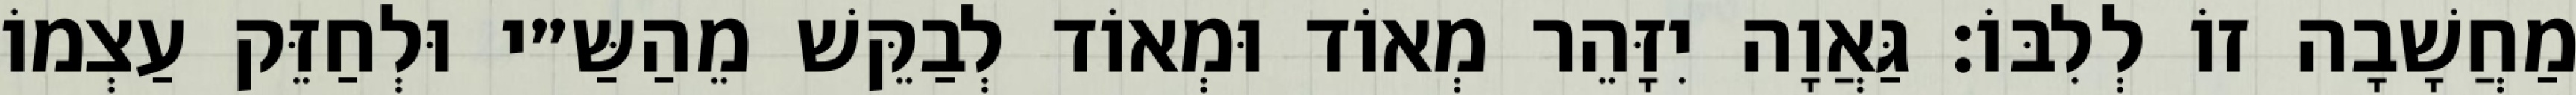
מַחֲשָׁבָה זוֹ לְלִבּוֹ: גַּאֲוָה יִזָּהֵר מְאוֹד וּמְאוֹד לְבַקֵּשׁ מֵהַשַּ״י וּלְחַזֵּק עַצְמוֹ